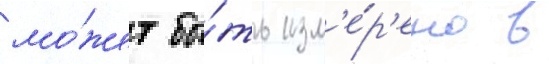
мо́жет бы́ть изм'е́р'ено в